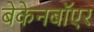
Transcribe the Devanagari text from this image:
बेकेनबॉएर